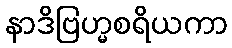
နာဒိဗြဟ္မစရိယကာ